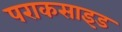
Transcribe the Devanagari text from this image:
पराकसाइड